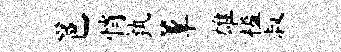
邕悄孰簟雄槛叔